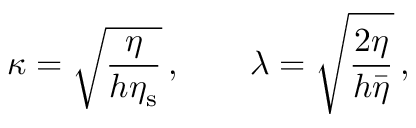
\kappa = \sqrt { \frac { \eta } { h \eta _ { \mathrm { s } } } } \, , \qquad \lambda = \sqrt { \frac { 2 \eta } { h \bar { \eta } } } \, ,